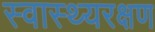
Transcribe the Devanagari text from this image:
स्वास्थ्यरक्षण